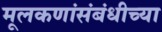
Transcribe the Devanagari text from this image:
मूलकणांसंबंधीच्या